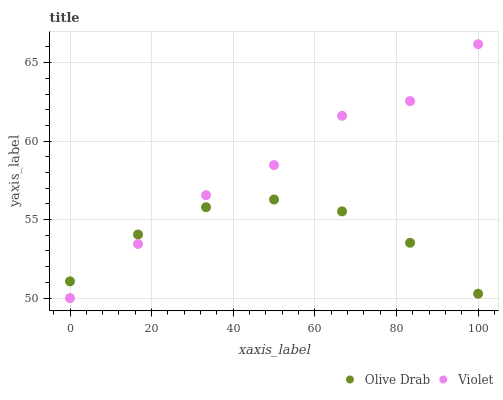
| xaxis_label | Olive Drab | Violet |
 | --- | --- | --- |
 | 0 | 51.1 | 50 |
 | 16.7 | 54 | 53.4 |
 | 33.3 | 55.8 | 56.6 |
 | 50 | 56.3 | 58.5 |
 | 66.7 | 55.5 | 61.6 |
 | 83.3 | 53.5 | 62.6 |
 | 100 | 50.3 | 66.2 |